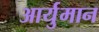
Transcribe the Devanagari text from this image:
आर्युमान